Punjab Mental Hospital Lahore 1922-31 - 1922-1931
Year: 1922
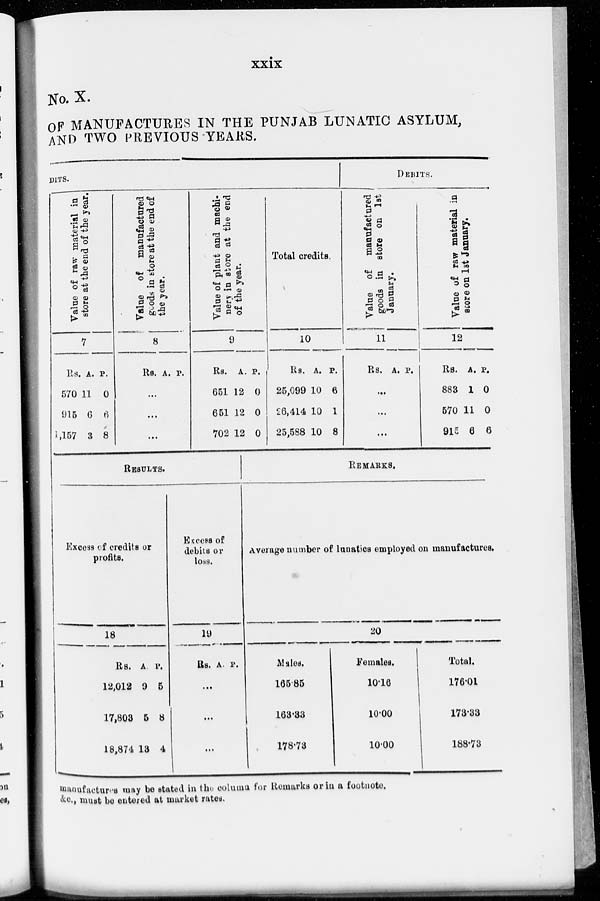
xxix
No. X.
OF MANUFACTURES IN THE PUNJAB LUNATIC ASYLUM,
AND TWO PREVIOUS YEARS.
DITS.
Value of raw material in
store at the end of the year.
7
Rs.
570
915
1,157
A.
11
6
3
P.
0
6
8
Value of
manufactured
goods in store at the end of
the year.
8
Rs. A. P.
...
...
...
Value of plant and machi-
nery in store at the end
of the year.
9
Rs.
651
651
702
A.
12
12
12
P.
0
0
0
Total credits.
10
Rs.
25,099
26,414
25,588
A.
10
10
10
P.
6
1
8
DEBITS.
Value of
manufactured
goods in store on 1st
January.
11
Rs. A. P.
...
...
...
Value of raw material in
score on 1st January.
12
Rs.
883
570
915
A.
1
11
6
P.
0
0
6
RESULTS.
Excess of credits or
profits.
18
Rs.
12,012
17,803
18,874
A.
9
5
13
P.
5
8
4
Excess of
debits or
loss.
19
Rs. A. P.
...
...
...
REMARKS.
Average number of lunatics employed on manufactures.
20
Males.
165 85
163.33
178.73
Females.
10.16
10.00
10.00
Total.
176.01
173.33
188.73
manufactures may be stated in the column for Remarks or in a footnote.
&c., must be entered at market rates.